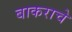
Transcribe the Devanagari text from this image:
बाकराचे